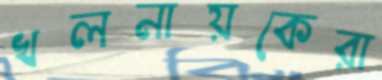
খলনায়কেরা